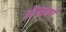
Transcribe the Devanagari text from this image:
ऑग्सवर्ग